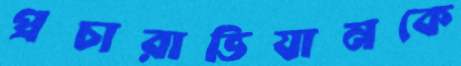
প্রচারাভিযানকে